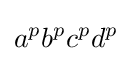
a^{p}b^{p}c^{p}d^{p}